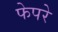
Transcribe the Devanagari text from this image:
फेपरे